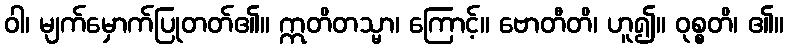
ဝါ၊ မျက်မှောက်ပြုတတ်၏။ ဣတိတသ္မာ၊ ကြောင့်။ ဗောတီတိ၊ ဟူ၍။ ဝုစ္စတိ၊ ၏။